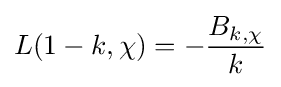
L(1-k,\chi )=-{\frac {B_{k,\chi }}{k}}